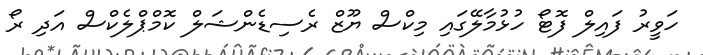
ހަވީރު ފައިލް ފޮޓޯ ހުޅުމާލޭގައި މިކްސް ޔޫޒް ރެސިޑެންޝަލް ކޮމްޕްލެކްސް އަދި ރޯ